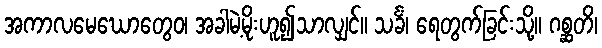
အကာလမေဃောတွေဝ၊ အခါမဲ့မိုးဟူ၍သာလျှင်။ သင်္ခံ၊ ရေတွက်ခြင်းသို့။ ဂစ္ဆတိ၊